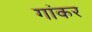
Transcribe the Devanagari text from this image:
गांकर